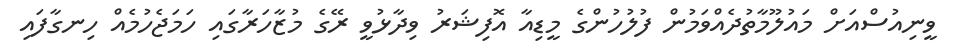
ވީނިއުސްއަށް މައުލޫމާތުދެއްވަމުން ފުލުހުންގެ މީޑިއާ އޮފިޝަރު ވިދާޅުވީ ރޭގެ މުޒާހަރާގައި ހަމަޖެހުމެއް ހިނގާފައި